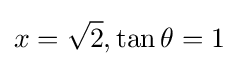
x={\sqrt {2}},\tan \theta =1